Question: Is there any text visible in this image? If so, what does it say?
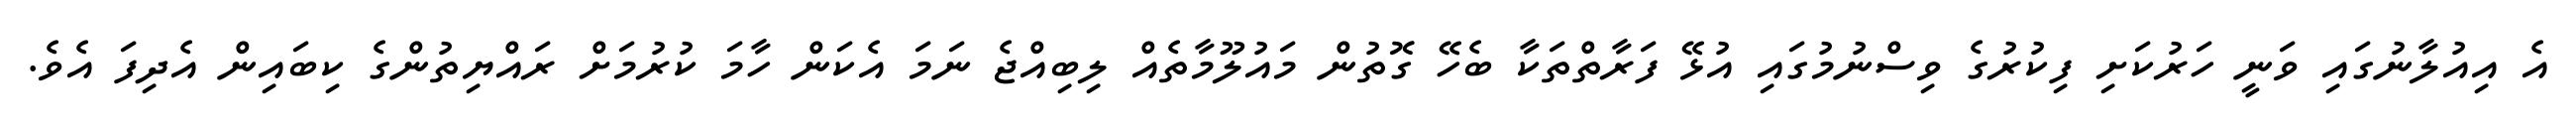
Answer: އެ އިއުލާނުގައި ވަނީ ހަރުކަށި ފިކުރުގެ ވިސްނުމުގައި އުޅޭ ފަރާތްތަކާ ބެހޭ ގޮތުން މައުލޫމާތެއް ލިބިއްޖެ ނަމަ އެކަން ހާމަ ކުރުމަށް ރައްޔިތުންގެ ކިބައިން އެދިފަ އެވެ.